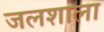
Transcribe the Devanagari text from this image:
जलशाला